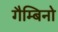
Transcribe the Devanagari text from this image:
गैम्बिनो